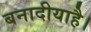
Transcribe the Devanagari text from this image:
बनादीयाहै।